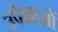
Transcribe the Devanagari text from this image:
उपेक्षाओं